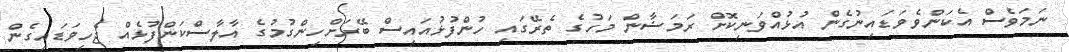
ނަމަވެސް އެކަންވެވަޑައިނުގެން އުޅުއްވަނިކޮށް ރަމަޟާން މަހުގެ ތެރޭގައި ހުންފުޅުއައިސް ބޭރަށްހިންގުމުގެ އާލާސްކަންފުޅެއް ޖެހިވަޑައިގެން